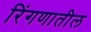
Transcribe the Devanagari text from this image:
रिंगणातील